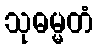
သုဓမ္မတံ